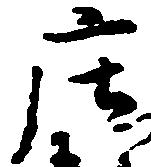
庄